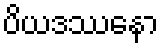
ပိယဒဿနော